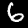
Digit: 6